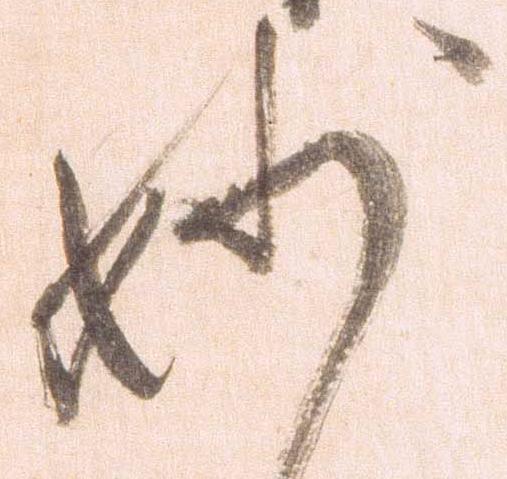
妙